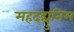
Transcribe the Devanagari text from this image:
महद्‌द्युतिम्